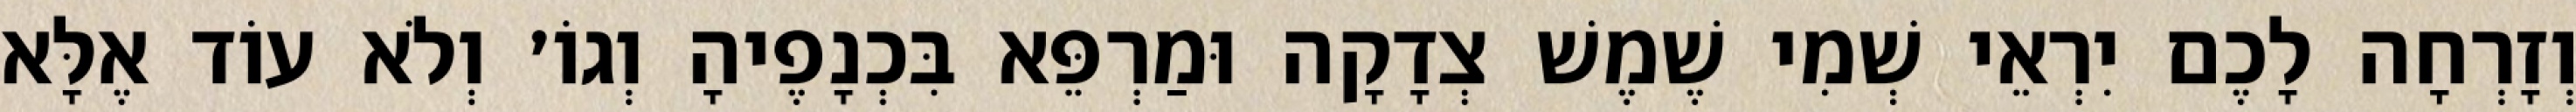
וְזָרְחָה לָכֶם יִרְאֵי שְׁמִי שֶׁמֶשׁ צְדָקָה וּמַרְפֵּא בִּכְנָפֶיהָ וְגוֹ׳ וְלֹא עוֹד אֶלָּא